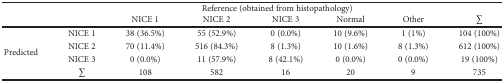
| <ROWSPAN=2-COLSPAN=2>  | <COLSPAN=5> Reference (obtained from histopathology) |  |
 | NICE 1 | NICE 2 | NICE 3 | Normal | Other | ∑ |
 | --- | --- | --- | --- | --- | --- | --- | --- |
 | <ROWSPAN=4> Predicted | NICE 1 | 38 (36.5%) | 55 (52.9%) | 0 (0.0%) | 10 (9.6%) | 1 (1%) | 104 (100%) |
 | NICE 2 | 70 (11.4%) | 516 (84.3%) | 8 (1.3%) | 10 (1.6%) | 8 (1.3%) | 612 (100%) |
 | NICE 3 | 0 (0.0%) | 11 (57.9%) | 8 (42.1%) | 0 (0.0%) | 0 (0.0%) | 19 (100%) |
 | ∑ | 108 | 582 | 16 | 20 | 9 | 735 |